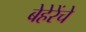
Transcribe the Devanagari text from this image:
बेहेरेंचे